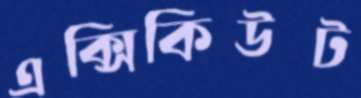
এক্সিকিউট